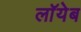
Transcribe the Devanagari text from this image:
लाॅयेब